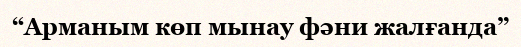
“Арманым көп мынау фәни жалғанда”